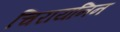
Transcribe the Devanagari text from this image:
चिरायनिन